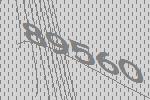
89560